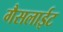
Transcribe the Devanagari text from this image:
गैसलाईट